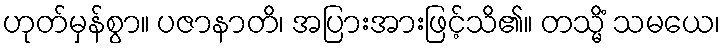
ဟုတ်မှန်စွာ။ ပဇာနာတိ၊ အပြားအားဖြင့်သိ၏။ တသ္မိံ သမယေ၊